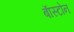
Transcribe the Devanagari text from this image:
बाॅस्टोन